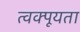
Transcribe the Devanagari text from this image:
त्वक्पूयता